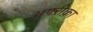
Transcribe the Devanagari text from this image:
अफ्ऱीक़ा